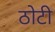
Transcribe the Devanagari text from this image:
ठोटी